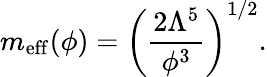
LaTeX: m_{\mathrm{eff}}(\phi)=\left(\frac{2\Lambda^{5}}{\phi^{3}}\right)^{1/2}.